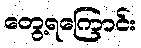
တွေ့ရကြောင်း